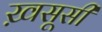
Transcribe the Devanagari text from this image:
ख़सूसी